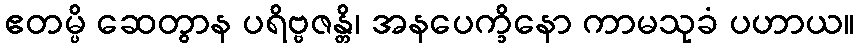
ဧတမ္ပိ ဆေတွာန ပရိဗ္ဗဇန္တိ၊ အနပေက္ခိနော ကာမသုခံ ပဟာယ။